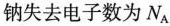
钠失去电子数为N_{A}